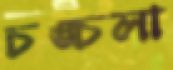
চঙ্চলা